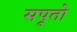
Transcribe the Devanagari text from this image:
सपूतो